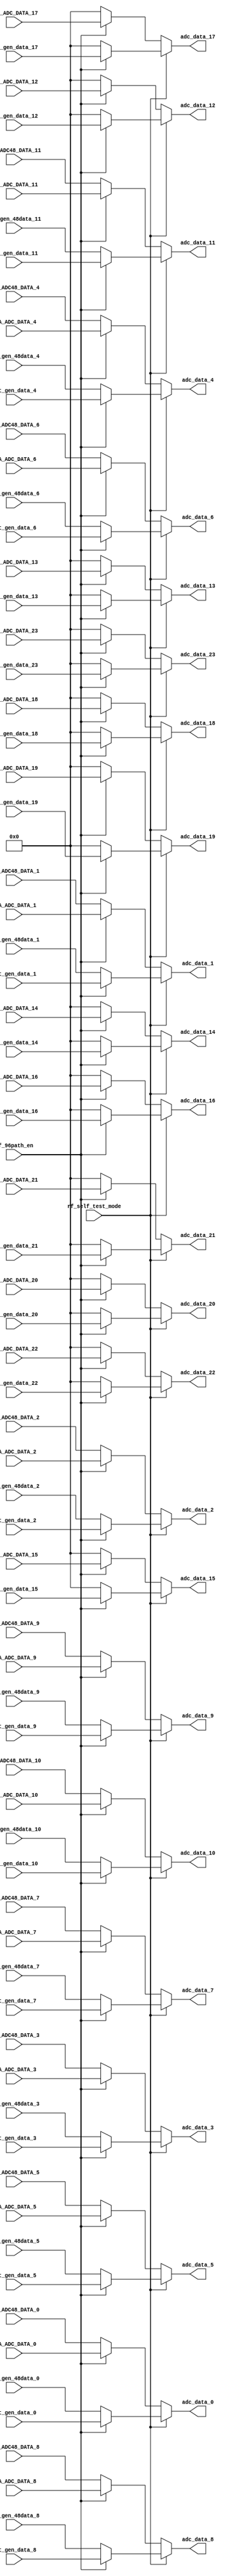
`timescale 1ns/1ns
module package_data_sel
(
    input   wire            rf_self_test_mode,
    input   wire            rf_96path_en,

    input   wire    [35:0]  ANA_ADC_DATA_0,
    input   wire    [35:0]  ANA_ADC_DATA_1,
    input   wire    [35:0]  ANA_ADC_DATA_2,
    input   wire    [35:0]  ANA_ADC_DATA_3,
    input   wire    [35:0]  ANA_ADC_DATA_4,
    input   wire    [35:0]  ANA_ADC_DATA_5,
    input   wire    [35:0]  ANA_ADC_DATA_6,
    input   wire    [35:0]  ANA_ADC_DATA_7,
    input   wire    [35:0]  ANA_ADC_DATA_8,
    input   wire    [35:0]  ANA_ADC_DATA_9,
    input   wire    [35:0]  ANA_ADC_DATA_10,
    input   wire    [35:0]  ANA_ADC_DATA_11,
    input   wire    [35:0]  ANA_ADC_DATA_12,
    input   wire    [35:0]  ANA_ADC_DATA_13,
    input   wire    [35:0]  ANA_ADC_DATA_14,
    input   wire    [35:0]  ANA_ADC_DATA_15,
    input   wire    [35:0]  ANA_ADC_DATA_16,
    input   wire    [35:0]  ANA_ADC_DATA_17,
    input   wire    [35:0]  ANA_ADC_DATA_18,
    input   wire    [35:0]  ANA_ADC_DATA_19,
    input   wire    [35:0]  ANA_ADC_DATA_20,
    input   wire    [35:0]  ANA_ADC_DATA_21,
    input   wire    [35:0]  ANA_ADC_DATA_22,
    input   wire    [35:0]  ANA_ADC_DATA_23,

    input   wire    [35:0]  ANA_ADC48_DATA_0,
    input   wire    [35:0]  ANA_ADC48_DATA_1,
    input   wire    [35:0]  ANA_ADC48_DATA_2,
    input   wire    [35:0]  ANA_ADC48_DATA_3,
    input   wire    [35:0]  ANA_ADC48_DATA_4,
    input   wire    [35:0]  ANA_ADC48_DATA_5,
    input   wire    [35:0]  ANA_ADC48_DATA_6,
    input   wire    [35:0]  ANA_ADC48_DATA_7,
    input   wire    [35:0]  ANA_ADC48_DATA_8,
    input   wire    [35:0]  ANA_ADC48_DATA_9,
    input   wire    [35:0]  ANA_ADC48_DATA_10,
    input   wire    [35:0]  ANA_ADC48_DATA_11,

    input   wire    [35:0]  pkt_gen_data_0,
    input   wire    [35:0]  pkt_gen_data_1,
    input   wire    [35:0]  pkt_gen_data_2,
    input   wire    [35:0]  pkt_gen_data_3,
    input   wire    [35:0]  pkt_gen_data_4,
    input   wire    [35:0]  pkt_gen_data_5,
    input   wire    [35:0]  pkt_gen_data_6,
    input   wire    [35:0]  pkt_gen_data_7,
    input   wire    [35:0]  pkt_gen_data_8,
    input   wire    [35:0]  pkt_gen_data_9,
    input   wire    [35:0]  pkt_gen_data_10,
    input   wire    [35:0]  pkt_gen_data_11,
    input   wire    [35:0]  pkt_gen_data_12,
    input   wire    [35:0]  pkt_gen_data_13,
    input   wire    [35:0]  pkt_gen_data_14,
    input   wire    [35:0]  pkt_gen_data_15,
    input   wire    [35:0]  pkt_gen_data_16,
    input   wire    [35:0]  pkt_gen_data_17,
    input   wire    [35:0]  pkt_gen_data_18,
    input   wire    [35:0]  pkt_gen_data_19,
    input   wire    [35:0]  pkt_gen_data_20,
    input   wire    [35:0]  pkt_gen_data_21,
    input   wire    [35:0]  pkt_gen_data_22,
    input   wire    [35:0]  pkt_gen_data_23,

    input   wire    [35:0]  pkt_gen_48data_0,
    input   wire    [35:0]  pkt_gen_48data_1,
    input   wire    [35:0]  pkt_gen_48data_2,
    input   wire    [35:0]  pkt_gen_48data_3,
    input   wire    [35:0]  pkt_gen_48data_4,
    input   wire    [35:0]  pkt_gen_48data_5,
    input   wire    [35:0]  pkt_gen_48data_6,
    input   wire    [35:0]  pkt_gen_48data_7,
    input   wire    [35:0]  pkt_gen_48data_8,
    input   wire    [35:0]  pkt_gen_48data_9,
    input   wire    [35:0]  pkt_gen_48data_10,
    input   wire    [35:0]  pkt_gen_48data_11,

    output  wire    [35:0]  adc_data_0,
    output  wire    [35:0]  adc_data_1,
    output  wire    [35:0]  adc_data_2,
    output  wire    [35:0]  adc_data_3,
    output  wire    [35:0]  adc_data_4,
    output  wire    [35:0]  adc_data_5,
    output  wire    [35:0]  adc_data_6,
    output  wire    [35:0]  adc_data_7,
    output  wire    [35:0]  adc_data_8,
    output  wire    [35:0]  adc_data_9,
    output  wire    [35:0]  adc_data_10,
    output  wire    [35:0]  adc_data_11,
    output  wire    [35:0]  adc_data_12,
    output  wire    [35:0]  adc_data_13,
    output  wire    [35:0]  adc_data_14,
    output  wire    [35:0]  adc_data_15,
    output  wire    [35:0]  adc_data_16,
    output  wire    [35:0]  adc_data_17,
    output  wire    [35:0]  adc_data_18,
    output  wire    [35:0]  adc_data_19,
    output  wire    [35:0]  adc_data_20,
    output  wire    [35:0]  adc_data_21,
    output  wire    [35:0]  adc_data_22,
    output  wire    [35:0]  adc_data_23
);

    assign adc_data_0  = rf_self_test_mode ? (rf_96path_en ? pkt_gen_data_0  : pkt_gen_48data_0  ) : (rf_96path_en ? ANA_ADC_DATA_0  : ANA_ADC48_DATA_0   );
    assign adc_data_1  = rf_self_test_mode ? (rf_96path_en ? pkt_gen_data_1  : pkt_gen_48data_1  ) : (rf_96path_en ? ANA_ADC_DATA_1  : ANA_ADC48_DATA_1   );
    assign adc_data_2  = rf_self_test_mode ? (rf_96path_en ? pkt_gen_data_2  : pkt_gen_48data_2  ) : (rf_96path_en ? ANA_ADC_DATA_2  : ANA_ADC48_DATA_2   );
    assign adc_data_3  = rf_self_test_mode ? (rf_96path_en ? pkt_gen_data_3  : pkt_gen_48data_3  ) : (rf_96path_en ? ANA_ADC_DATA_3  : ANA_ADC48_DATA_3   );
    assign adc_data_4  = rf_self_test_mode ? (rf_96path_en ? pkt_gen_data_4  : pkt_gen_48data_4  ) : (rf_96path_en ? ANA_ADC_DATA_4  : ANA_ADC48_DATA_4   );
    assign adc_data_5  = rf_self_test_mode ? (rf_96path_en ? pkt_gen_data_5  : pkt_gen_48data_5  ) : (rf_96path_en ? ANA_ADC_DATA_5  : ANA_ADC48_DATA_5   );
    assign adc_data_6  = rf_self_test_mode ? (rf_96path_en ? pkt_gen_data_6  : pkt_gen_48data_6  ) : (rf_96path_en ? ANA_ADC_DATA_6  : ANA_ADC48_DATA_6   );
    assign adc_data_7  = rf_self_test_mode ? (rf_96path_en ? pkt_gen_data_7  : pkt_gen_48data_7  ) : (rf_96path_en ? ANA_ADC_DATA_7  : ANA_ADC48_DATA_7   );
    assign adc_data_8  = rf_self_test_mode ? (rf_96path_en ? pkt_gen_data_8  : pkt_gen_48data_8  ) : (rf_96path_en ? ANA_ADC_DATA_8  : ANA_ADC48_DATA_8   );
    assign adc_data_9  = rf_self_test_mode ? (rf_96path_en ? pkt_gen_data_9  : pkt_gen_48data_9  ) : (rf_96path_en ? ANA_ADC_DATA_9  : ANA_ADC48_DATA_9   );
    assign adc_data_10 = rf_self_test_mode ? (rf_96path_en ? pkt_gen_data_10 : pkt_gen_48data_10 ) : (rf_96path_en ? ANA_ADC_DATA_10 : ANA_ADC48_DATA_10  );
    assign adc_data_11 = rf_self_test_mode ? (rf_96path_en ? pkt_gen_data_11 : pkt_gen_48data_11 ) : (rf_96path_en ? ANA_ADC_DATA_11 : ANA_ADC48_DATA_11  );
    assign adc_data_12 = rf_self_test_mode ? (rf_96path_en ? pkt_gen_data_12 : 36'h0             ) : (rf_96path_en ? ANA_ADC_DATA_12 : 36'h0              );
    assign adc_data_13 = rf_self_test_mode ? (rf_96path_en ? pkt_gen_data_13 : 36'h0             ) : (rf_96path_en ? ANA_ADC_DATA_13 : 36'h0              );
    assign adc_data_14 = rf_self_test_mode ? (rf_96path_en ? pkt_gen_data_14 : 36'h0             ) : (rf_96path_en ? ANA_ADC_DATA_14 : 36'h0              );
    assign adc_data_15 = rf_self_test_mode ? (rf_96path_en ? pkt_gen_data_15 : 36'h0             ) : (rf_96path_en ? ANA_ADC_DATA_15 : 36'h0              );
    assign adc_data_16 = rf_self_test_mode ? (rf_96path_en ? pkt_gen_data_16 : 36'h0             ) : (rf_96path_en ? ANA_ADC_DATA_16 : 36'h0              );
    assign adc_data_17 = rf_self_test_mode ? (rf_96path_en ? pkt_gen_data_17 : 36'h0             ) : (rf_96path_en ? ANA_ADC_DATA_17 : 36'h0              );
    assign adc_data_18 = rf_self_test_mode ? (rf_96path_en ? pkt_gen_data_18 : 36'h0             ) : (rf_96path_en ? ANA_ADC_DATA_18 : 36'h0              );
    assign adc_data_19 = rf_self_test_mode ? (rf_96path_en ? pkt_gen_data_19 : 36'h0             ) : (rf_96path_en ? ANA_ADC_DATA_19 : 36'h0              );
    assign adc_data_20 = rf_self_test_mode ? (rf_96path_en ? pkt_gen_data_20 : 36'h0             ) : (rf_96path_en ? ANA_ADC_DATA_20 : 36'h0              );
    assign adc_data_21 = rf_self_test_mode ? (rf_96path_en ? pkt_gen_data_21 : 36'h0             ) : (rf_96path_en ? ANA_ADC_DATA_21 : 36'h0              );
    assign adc_data_22 = rf_self_test_mode ? (rf_96path_en ? pkt_gen_data_22 : 36'h0             ) : (rf_96path_en ? ANA_ADC_DATA_22 : 36'h0              );
    assign adc_data_23 = rf_self_test_mode ? (rf_96path_en ? pkt_gen_data_23 : 36'h0             ) : (rf_96path_en ? ANA_ADC_DATA_23 : 36'h0              );

endmodule